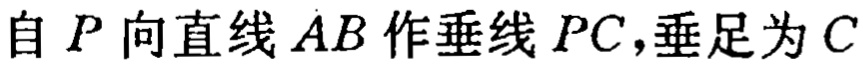
自 \(P\) 向直线 \(AB\) 作垂线 \(PC\)，垂足为 \(C\)